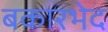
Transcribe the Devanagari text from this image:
बकारभेद